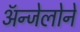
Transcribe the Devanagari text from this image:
ॲन्जेलोने